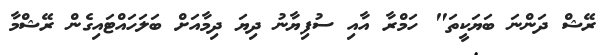
ރޭޝް ދަންނަ ބަޔަކީތަ" ހަމްރާ އާއި ސުފިޔާނު ދިޔަ ދިމާއަށް ބަލަހައްޓައިގެން ރޭޝްމާ